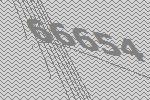
66654